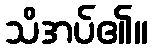
သိအပ်၏။